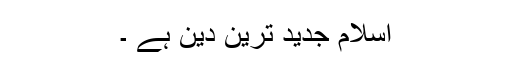
اسلام جدید ترین دین ہے ۔